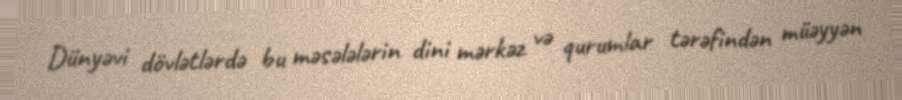
Dünyəvi dövlətlərdə bu məsələlərin dini mərkəz və qurumlar tərəfindən müəyyən